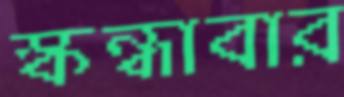
স্কন্ধাবার